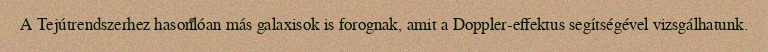
A Tejútrendszerhez hasonlóan más galaxisok is forognak, amit a Doppler-effektus segítségével vizsgálhatunk.